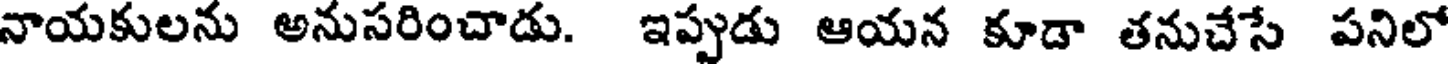
నాయకులను అనుసరించాడు. ఇప్పుడు ఆయన కూడా తనుచేసే పనిలో